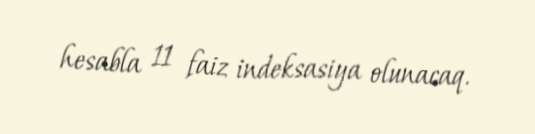
hesabla 11 faiz indeksasiya olunacaq.